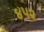
૪૫૨